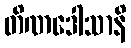
တိဏဒေါသာနိ